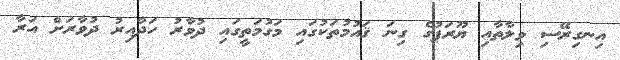
އިނގިރޭސި ވިލާތާއި ޔޫރަޕުގެ ގިނަ ޤައުމުތަކުގައި މަގުމަތީގައި ދުވާރު ހަދާއިރު ދުވާރަށް އަރާ